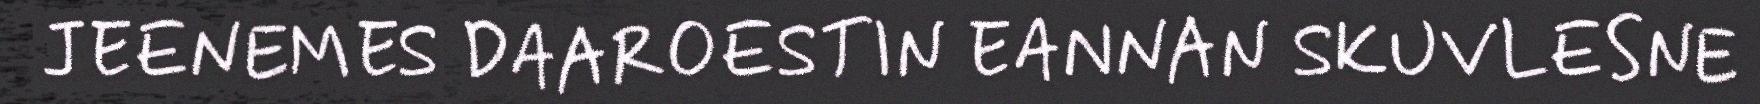
JEENEMES DAAROESTIN EANNAN SKUVLESNE